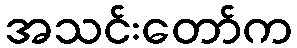
အသင်းတော်က